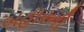
બહારની